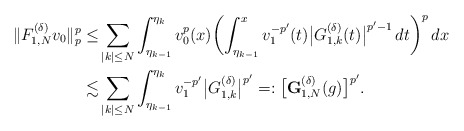
\begin{align*}\|{F}^{(\delta)}_{1,N}v_0\|_p^p\le&\sum_{|k|\le N}\int_{\eta_{k-1}}^{\eta_k} v_0^{p}(x)\biggl(\int_{\eta_{k-1}}^x v_1^{-p'}(t)\bigl|G^{(\delta)}_{1,k}(t)\bigr|^{p'-1}\,dt\biggr)^p\,dx\\\lesssim&\sum_{|k|\le N}\int_{\eta_{k-1}}^{\eta_k}v_1^{-p'}\bigl|G_{1,k}^{(\delta)}\bigr|^{p'}=:\bigl[\mathbf{G}^{(\delta)}_{1,N}(g)\bigr]^{p'}.\end{align*}